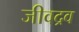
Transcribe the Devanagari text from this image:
जीवद्रव